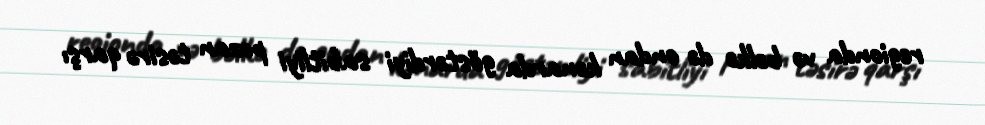
regionda və bəlkə də ondan kənarda göstərdiyi sabitliyi pozan təsirə qarşı